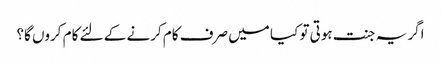
اگر یہ جنت ہوتی تو کیا میں صرف کام کرنے کے لئے کام کروں گا؟